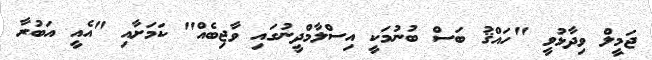
ޖަމީލް ވިދާޅުވީ "ހައްޤު ބަސް ބުނުމަކީ އިސްލާމްދީނުގައި ވާޖިބެއް" ކަމަށާއި "އެއީ އަބުރާ